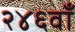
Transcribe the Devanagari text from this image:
२४६वाँ